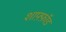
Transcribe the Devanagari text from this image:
शाफ़्फ़ॉड